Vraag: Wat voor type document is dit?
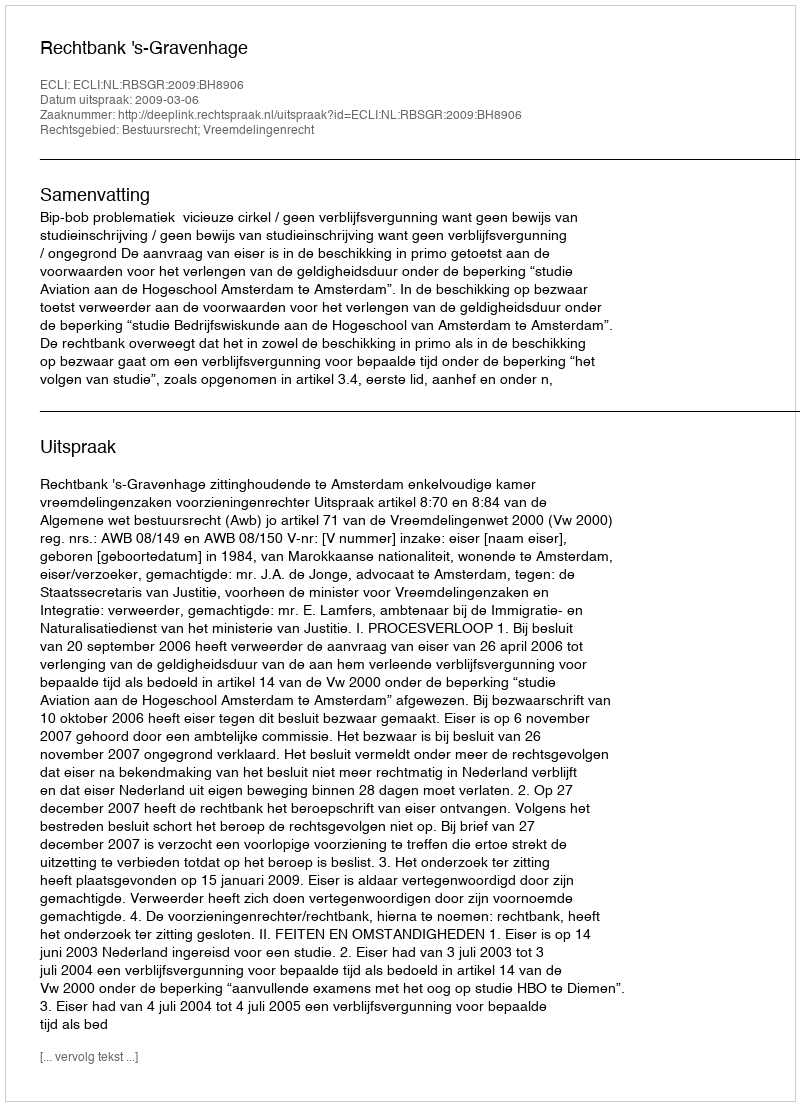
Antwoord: Uitspraak